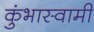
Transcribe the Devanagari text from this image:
कुंभास्वामी